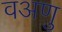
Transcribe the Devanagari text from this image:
वअणु